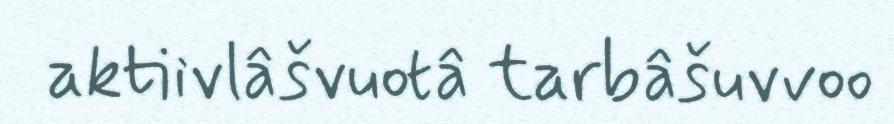
aktiivlâšvuotâ tarbâšuvvoo